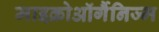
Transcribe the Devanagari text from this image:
माइक्रोऑर्गैनिज्म